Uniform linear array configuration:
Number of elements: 48
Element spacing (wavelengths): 0.75
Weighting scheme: blackman
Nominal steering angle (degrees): -30
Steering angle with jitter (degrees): -30.643
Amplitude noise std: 0.05
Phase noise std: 0.05

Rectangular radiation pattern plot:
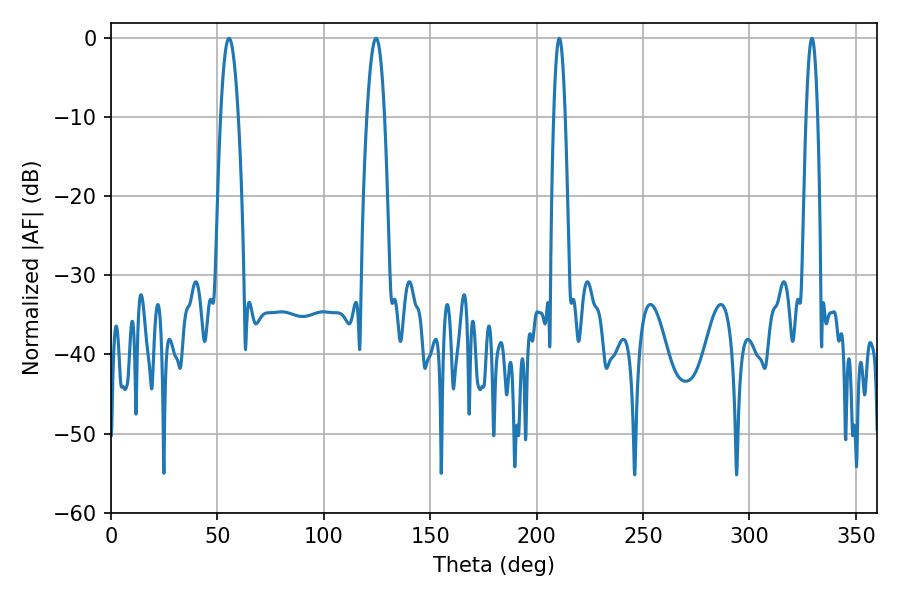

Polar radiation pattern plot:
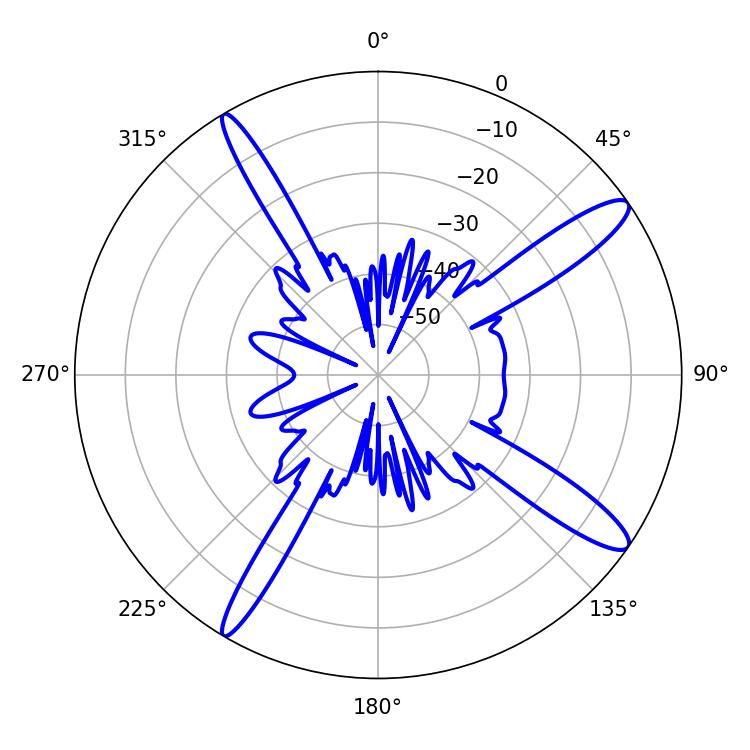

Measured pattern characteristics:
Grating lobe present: TRUE
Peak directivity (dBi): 13.748
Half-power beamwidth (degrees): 4.5
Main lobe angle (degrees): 124.56